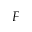
F